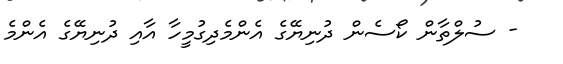
- ސުލްތާން ކޯސެން ދުނިޔޭގެ އެންމެދިގުމީހާ އާއި ދުނިޔޭގެ އެންމެ